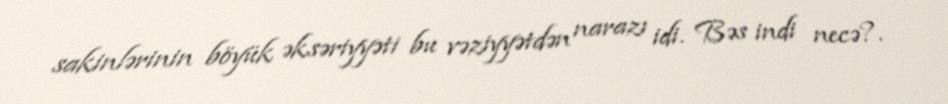
sakinlərinin böyük əksəriyyəti bu vəziyyətdən narazı idi. Bəs indi necə?.